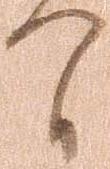
間